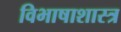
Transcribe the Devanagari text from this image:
विभाषाशास्त्र